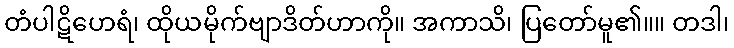
တံပါဋိဟေရံ၊ ထိုယမိုက်ဗျာဒိတ်ဟာကို။ အကာသိ၊ ပြတော်မူ၏။။ တဒါ၊